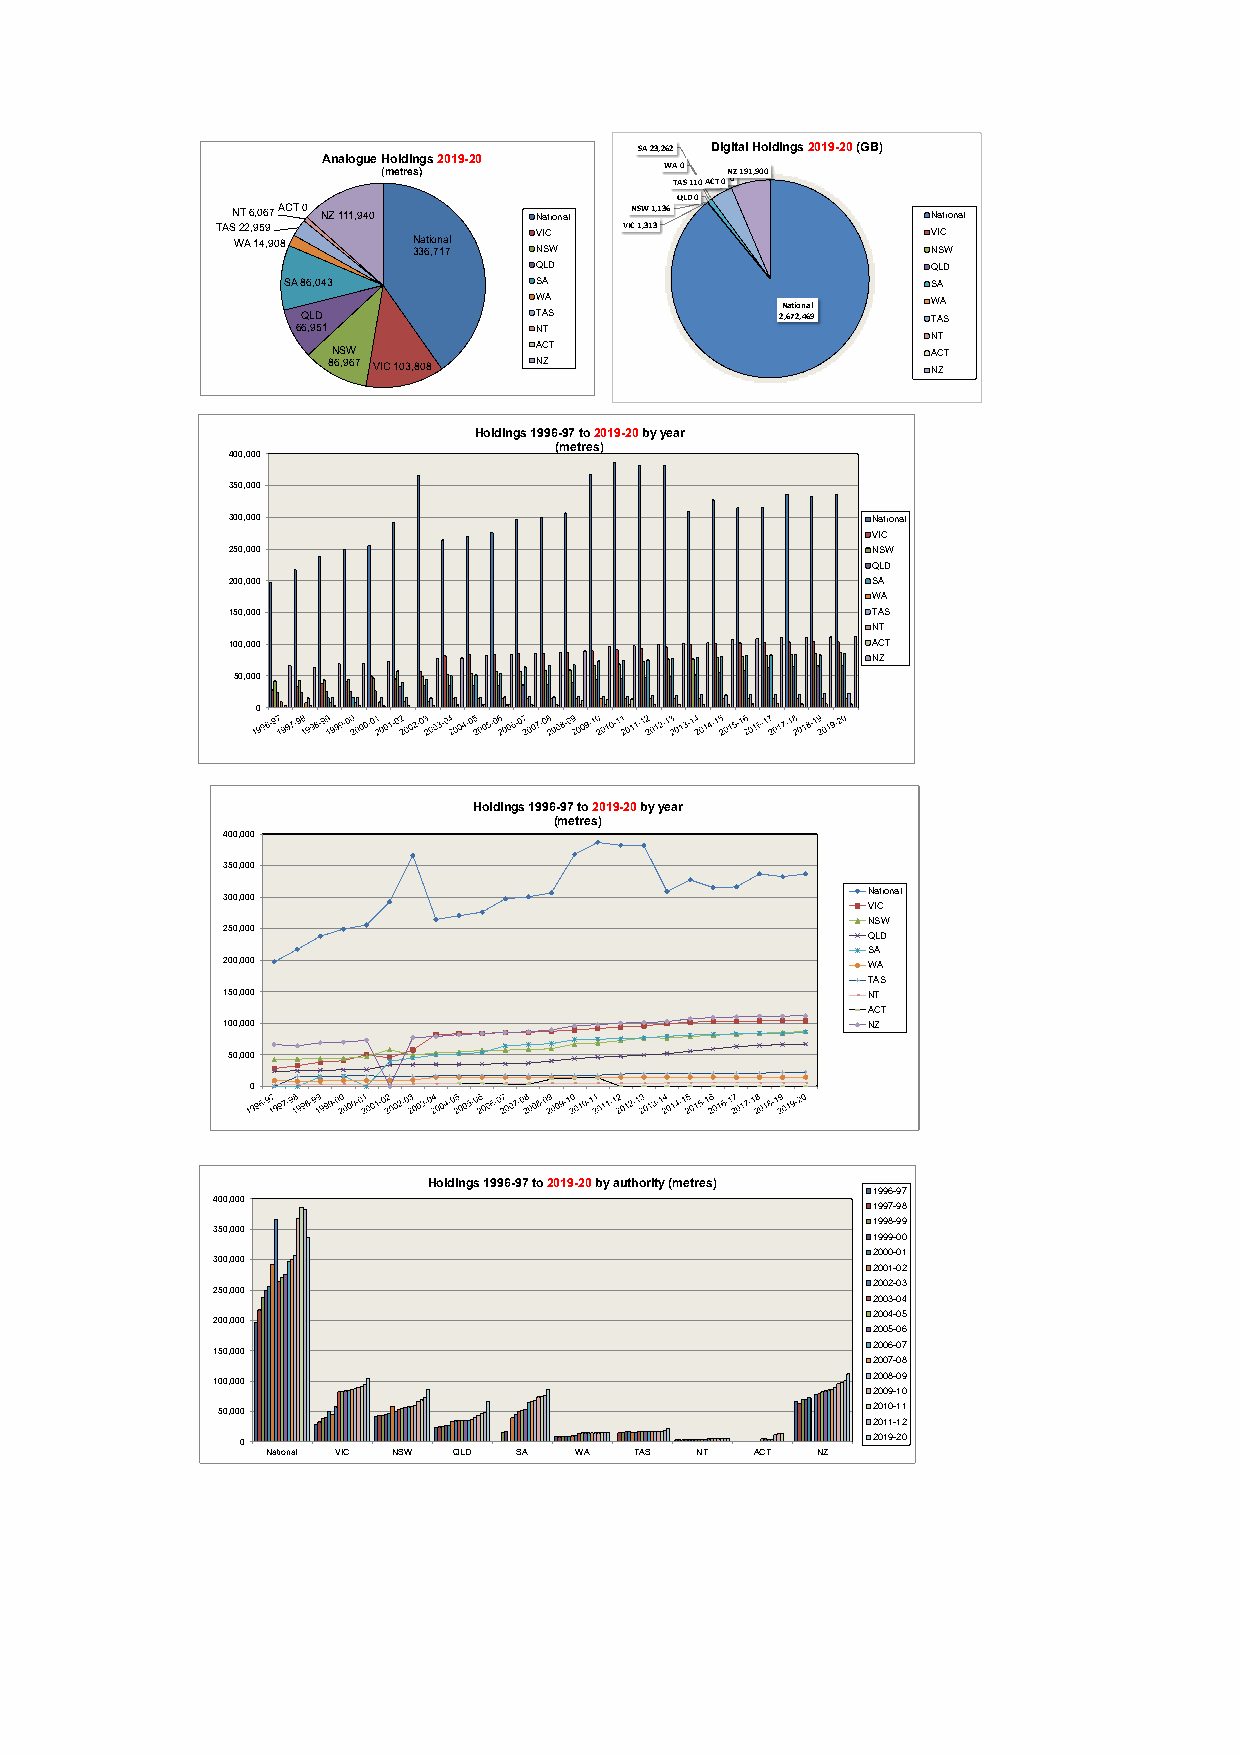
SA23,262 Digital Holdings 2019-20(GB)
 Analogue Holdings 2019-20
 (metres)           WA0 NZ191,900
 TAS110,0A0C0TN0T0
 QLD0
 NT6,067ACT0 NZ111,940 National NSW1,136       National
 TAS22,959            VIC   VIC1,313            VIC
 WA14,908    N 33a 6ti ,o 7n 1a 7l NSW         NSW
 QLD                       QLD
 SA86,043         SA                        SA
 WA              National  WA
 QLD            TAS             2,672,469 TAS
 66,951          NT
 NT
 NSW          ACT                       ACT
 86,967 VIC103,808 NZ                    NZ
 Holdings 1996-97 to 2019-20by year
 (metres)
 400,000
 350,000
 300,000                                   National
 VIC
 250,000                                   NSW
 QLD
 200,000                                   SA
 WA
 150,000                                   TAS
 NT
 100,000                                   ACT
 NZ
 50,000
 0
 Holdings 1996-97 to 2019-20 by year
 (metres)
 400,000
 350,000
 300,000                                    National
 VIC
 NSW
 250,000
 QLD
 SA
 200,000                                    WA
 TAS
 150,000                                    NT
 ACT
 100,000                                    NZ
 50,000
 0
 Holdings 1996-97 to 2019-20by authority (metres)
 1996-97
 400,000
 1997-98
 1998-99
 350,000
 1999-00
 2000-01
 300,000
 2001-02
 2002-03
 250,000
 2003-04
 2004-05
 200,000
 2005-06
 150,000                                    2006-07
 2007-08
 100,000                                    2008-09
 2009-10
 50,000                                     2010-11
 2011-12
 0                                        2019-20
 National VIC NSW QLD SA WA TAS NT ACT NZ